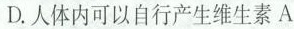
D.人体内可以自行产生维生素A